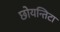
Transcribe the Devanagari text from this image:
छोयन्तिटा